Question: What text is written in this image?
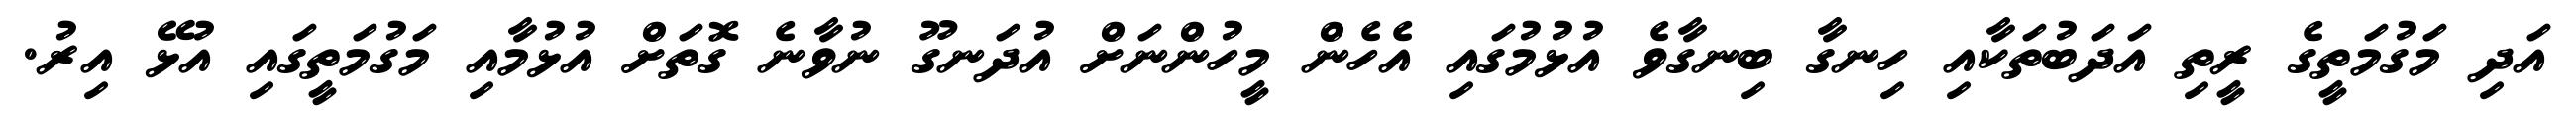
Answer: އަދި މަގުމަތީގެ ރީތި އަދަބުތަކާއި ހިނގާ ބިނގާވެ އުޅުމުގައި އެހެން މީހުންނަށް އުދަނގޫ ނުވާނެ ގޮތަށް އުޅުމާއި މަގުމަތީގައި އުޅޭ އިރު.